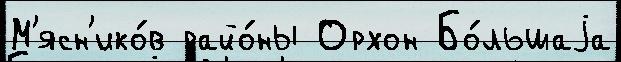
М'ясн'ико́в райо́ны Орхон Бо́льшаjа